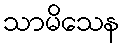
သာမိသေန